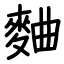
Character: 麯